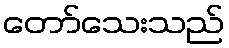
တော်သေးသည်